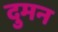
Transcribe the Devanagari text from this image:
दुमन